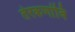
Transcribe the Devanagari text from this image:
तेरकणांबि